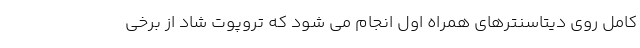
کامل روی دیتاسنترهای همراه اول انجام می شود که تروپوت شاد از برخی